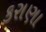
કરાણા